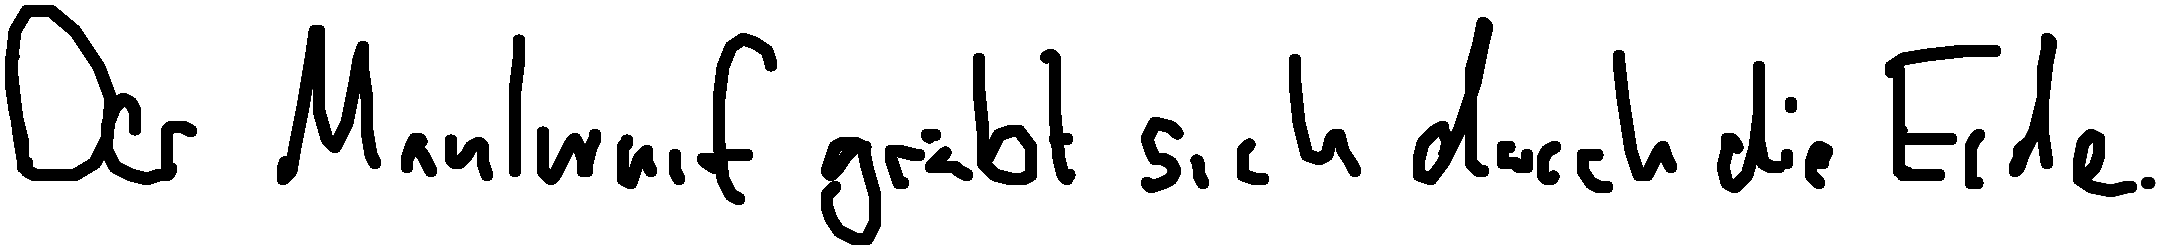
Der Maulwurf gräbt sich durch die Erde.